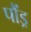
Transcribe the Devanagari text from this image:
पौंड्र